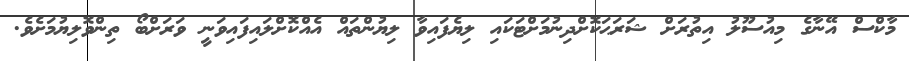
މާކްސް އޭނާގެ މިއުސޫލު އިތުރަށް ޝަރަޙަކޮށްދިނުމަށްޓަކައި ލިޔެފައިވާ ލިޔުންތައް އެއްކޮށްލައިފައިވަނީ ވަރަށްބޯ ތިންވޮލިޔުމަށެވެ.